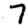
Digit: 7